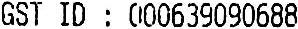
GST ID : 000639090688